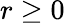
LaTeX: r\geq 0